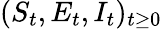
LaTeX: (S_{t},E_{t},I_{t})_{t\geq 0}